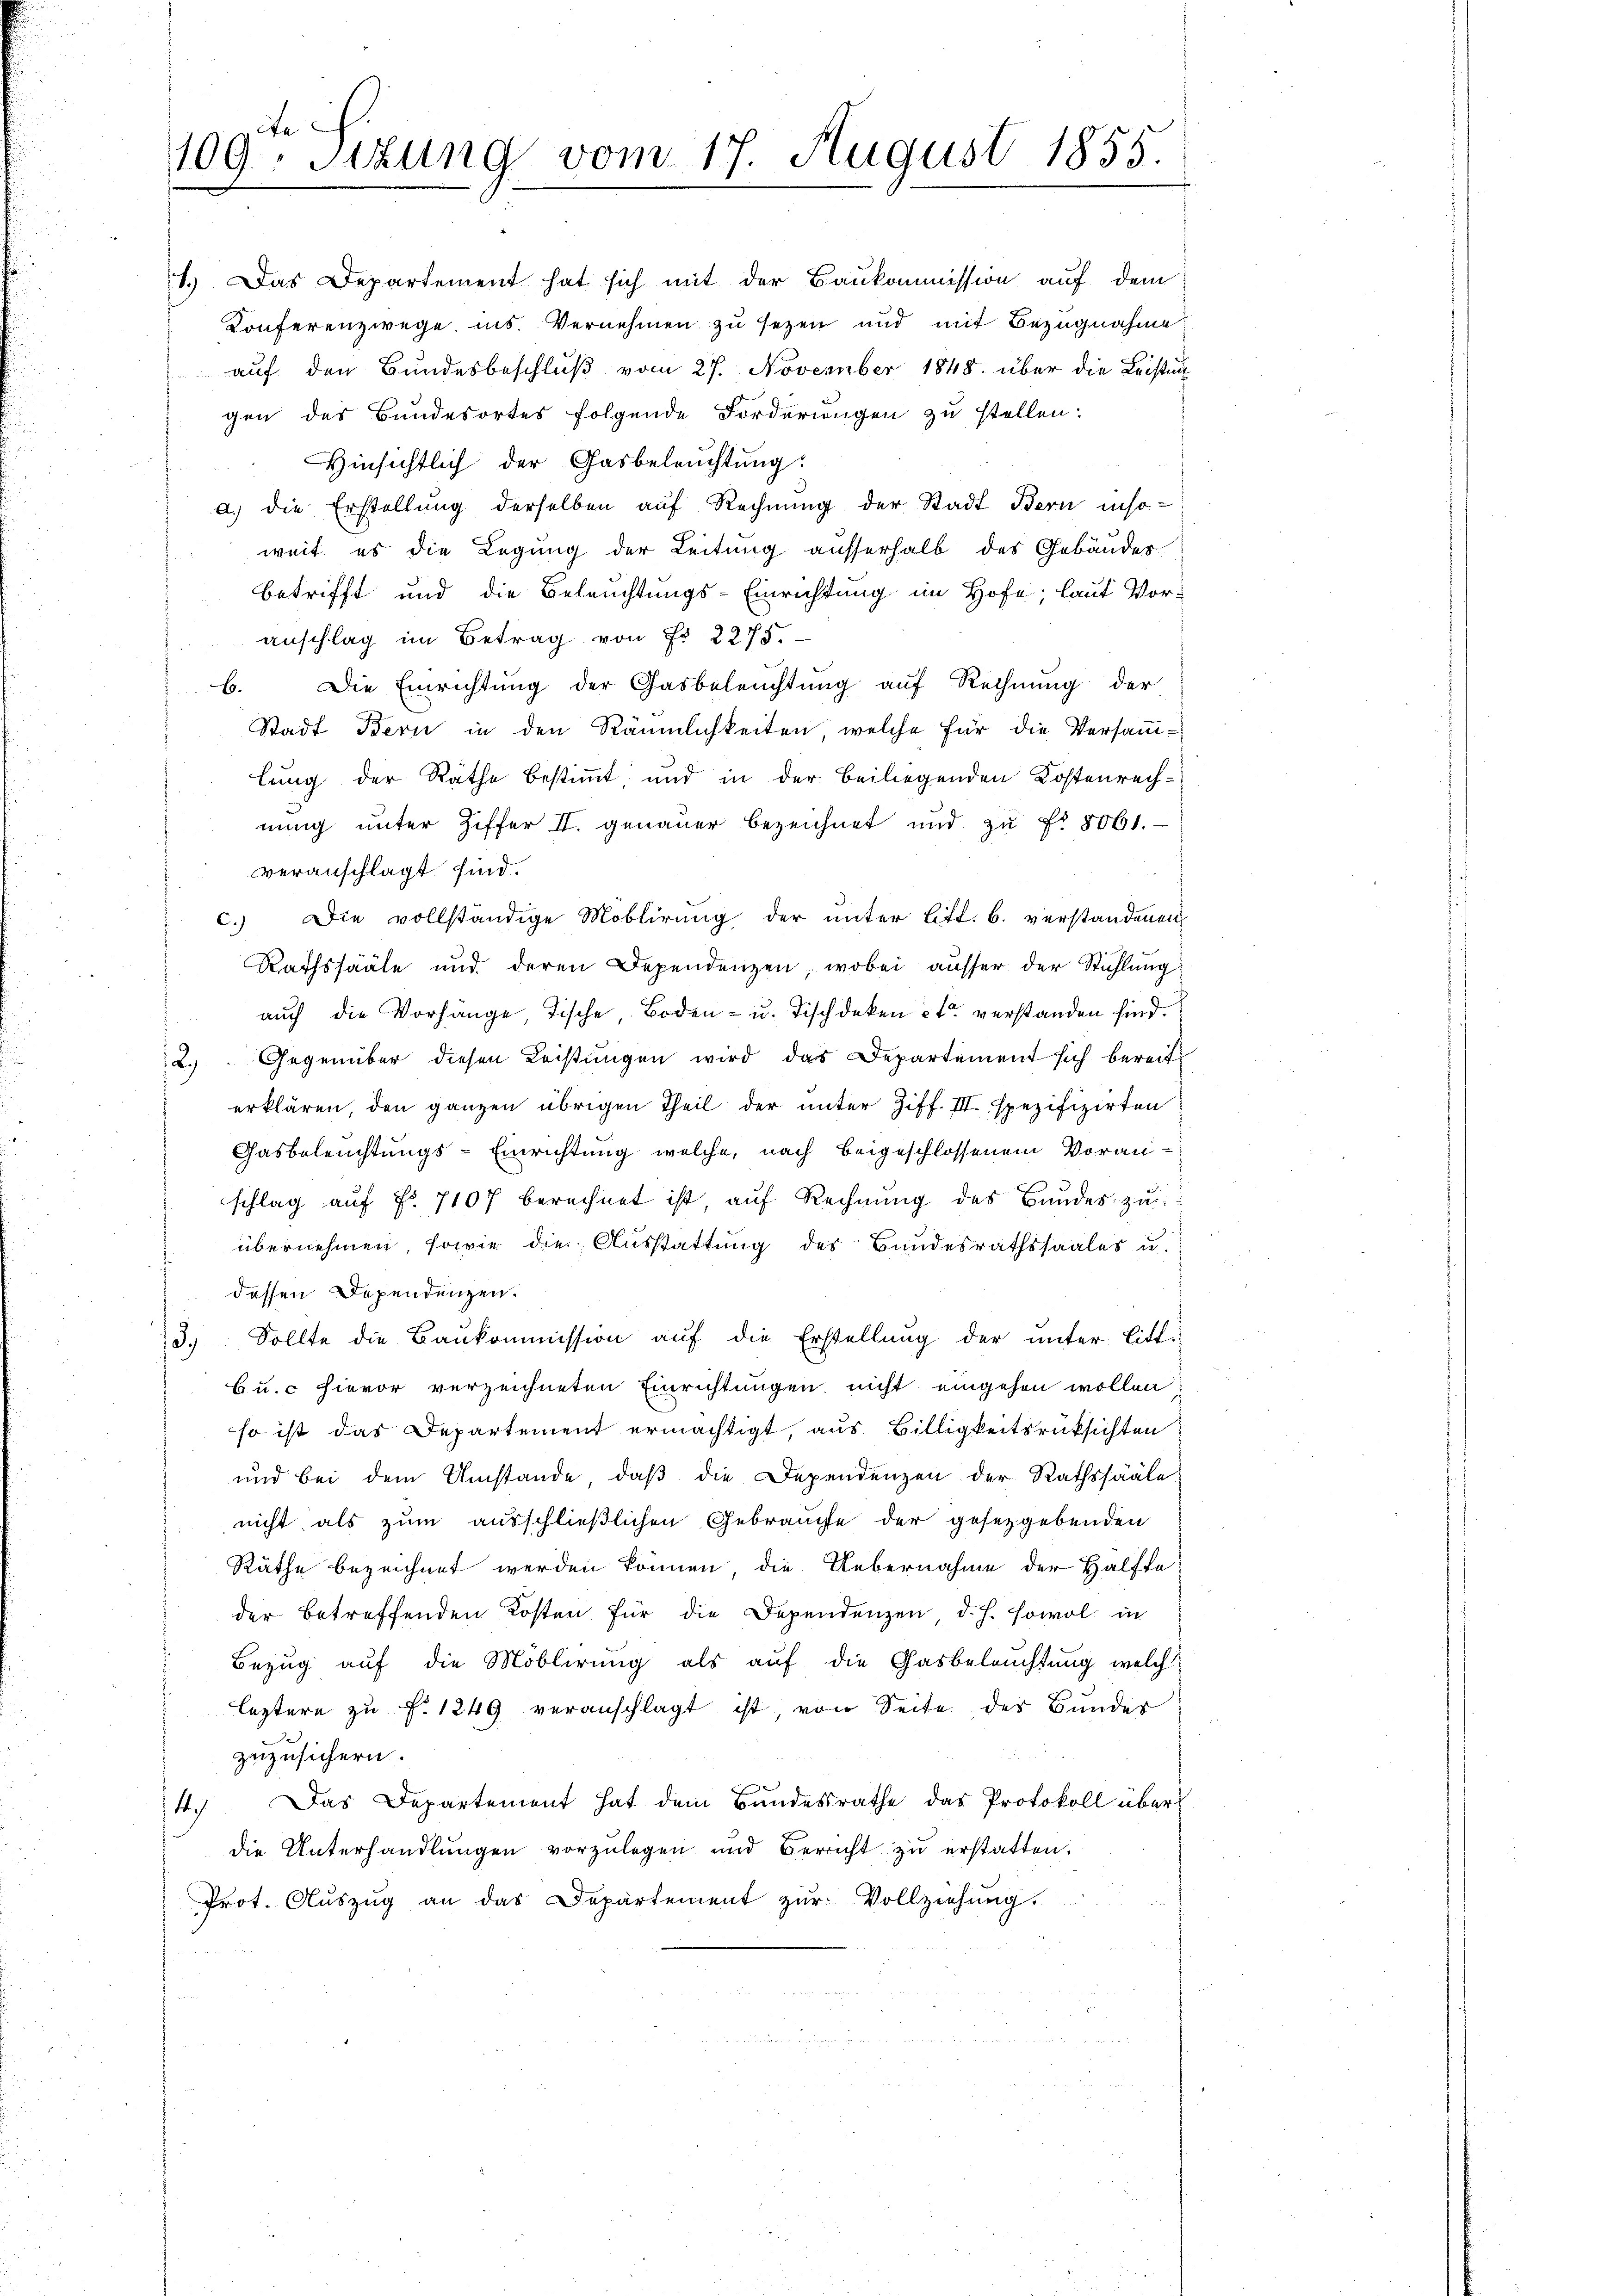
te
109. Situng vom 17. August 1855.

1.) Das Departement hat sich mit der Baukommission auf dem
Konferenzwege ins. Vernehmen zu sezen und mit Bezugnahme
auf den Bundesbeschluß vom 27. November 1848 über die Leistun

gen des Bundesortes folgende Forderungen zu stellen:
Hinsichtlich der Gasbeleŭchtŭng.
a.) die Erstellung derselben auf Rechnung der Stadt Bern inso-
weit es die Legung der Leitung ausserhalb des Gebäuder
betrifft und die Beleuchtungs-Einrichtung im Hofe; laut Vor-
anschlag im Betrag von Fr. 2275.
b. Die Einrichtung der Gasbeleŭchtŭng auf Rechnŭng der
Stadt Bern in den Räumlichkeiten, welche für die Versamm-
lung der Räthe bestimmt und in der beiliegenden Kostenrechnung unter Ziffer II. genauer bezeichnet und zu No 8061.
veranschlagt sind.
c. Die vollständige Moblirung der unter Litt. b. verstandenen
Rathssääle und deren Dependenzen, wobei ausser der Stühlung:
auch die Vorhange Tische Boden- u. Tischdeken et verstanden sind.
2.) Gegenüber diesen Leistungen wird das Departement sich bereit
erklären, den ganzen übrigen Theil der unter Ziff. III, spezifizirten
Gasbeleuchtungs-Einrichtung, welche, nach beigeschlossenem Voran-
schlag aŭf Fr. 7107 berechnet ist, auf Rechnŭng des Bundes zu
übernehmen sowie die Ausstattung des Bundesrathssaales u.
dessen Dependenzen.
3. Sollte die Baŭkommission auf die Erstellung der unter Litt.
b u. c hievor verzeichneten Einrichtungen nicht eingehen wollen
so ist das Departement ermächtigt, aus Billigkeitsrücksichten
und bei dem Umstände, daβ die Dependenzen der Rathssääle
nicht als zum ausschließlichen Gebrauche der gesetzgebenden
Räthe bezeichnet werden können, die Uebernahme der Hälfte
der betreffenden Kosten für die Dependenzen d. h. sowol in
Bezug auf die Möblirung als auf die Gasbeleuchtung welch
leztere zŭ f. 1249 veranschlagt ist, von Seite der Bundes
zuzusichern.
4. Das Departement hat dem Bundesrathe das Protokoll über
die Unterhandlungen vorzulegen und Bericht zu erstatten.
Prot. Auszug an das Departement zur Vollziehung.